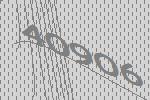
40906